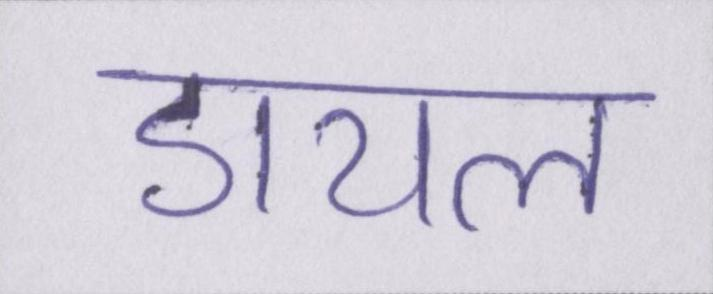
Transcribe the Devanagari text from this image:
डायल